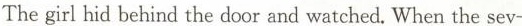
The girl hid behind the door and watched. When the sev-